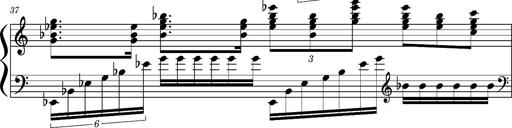
Title: Concerto sans orchestre, S.524a
Composer: Franz Liszt
Key: A major